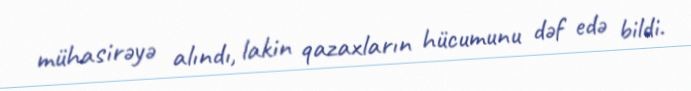
mühasirəyə alındı, lakin qazaxların hücumunu dəf edə bildi.